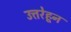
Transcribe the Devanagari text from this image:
उत्तरेहून